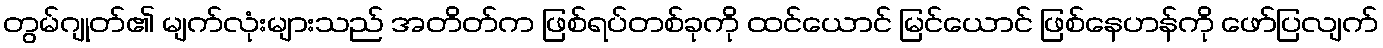
တွမ်ဂျုတ်၏ မျက်လုံးများသည် အတိတ်က ဖြစ်ရပ်တစ်ခုကို ထင်ယောင် မြင်ယောင် ဖြစ်နေဟန်ကို ဖော်ပြလျက်